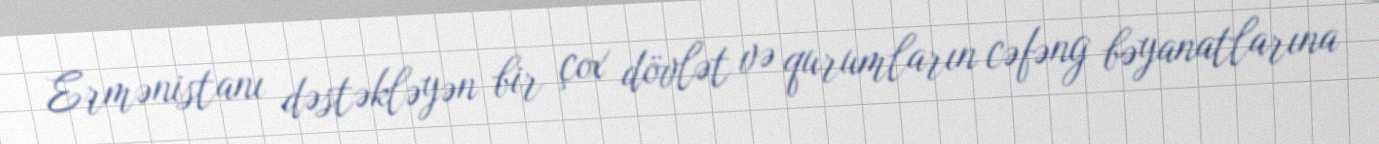
Ermənistanı dəstəkləyən bir çox dövlət və qurumların cəfəng bəyanatlarına